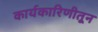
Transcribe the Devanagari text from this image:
कार्यकारिणीतून